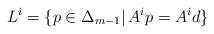
LaTeX: \begin{align*} L^{i} = \{ p \in \Delta_{m-1} \vert \, A^{i}p = A^{i}d \}\end{align*}